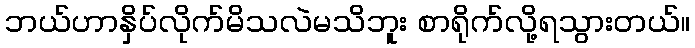
ဘယ်ဟာနှိပ်လိုက်မိသလဲမသိဘူး စာရိုက်လို့ရသွားတယ်။